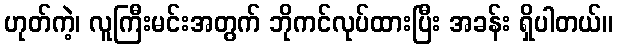
ဟုတ်ကဲ့၊ လူကြီးမင်းအတွက် ဘိုကင်လုပ်ထားပြီး အခန်း ရှိပါတယ်။